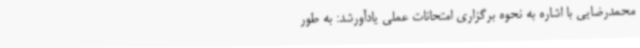
محمدرضایی با اشاره به نحوه برگزاری امتحانات عملی یادآورشد: به طور